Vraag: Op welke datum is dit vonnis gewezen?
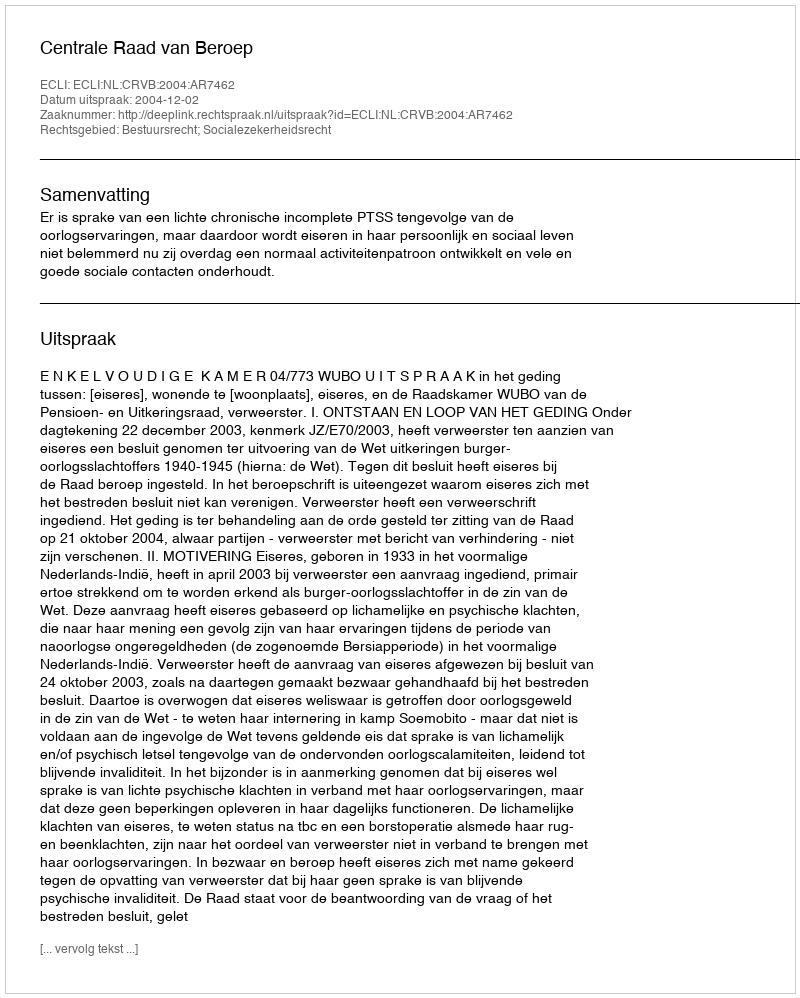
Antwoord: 2004-12-02